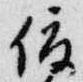
俊